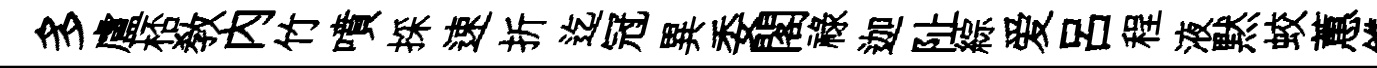
多盧桮教内竹噴採速折迄冠異委閣禄迦阯綜爱吕程液黙蛟蕙鐫